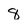
Character: 8